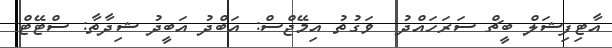
އާޓިފިޝަލް ބީޗް ސަރަހައްދު  ވަގުތު އިމޭޖްސް: އަބްދު އަބީދު ޝިދާތާ: ސްޓޭޓް